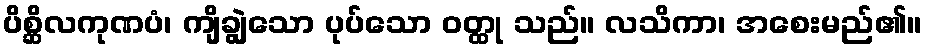
ပိစ္ဆိလကုဏပံ၊ ကျိချွဲသော ပုပ်သော ဝတ္ထု သည်။ လသိကာ၊ အစေးမည်၏။